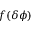
f ( \delta \phi )